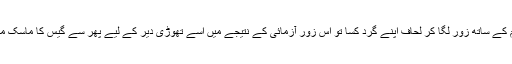
اس نے ایک عزم کے ساتھ زور لگا کر لحاف اپنے گرد کسا تو اس زور آزمائی کے نتیجے میں اسے تھوڑی دیر کے لیے پھر سے گیس کا ماسک مُنھ پر چڑھانا پڑا۔